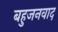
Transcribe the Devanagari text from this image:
बहुजनवाद